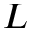
L